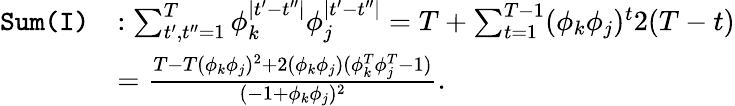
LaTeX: \begin{array}{rl}{\texttt{Sum(I)}}&{:\sum_{t^{\prime},t^{\prime\prime}=1}^{T}\phi_{k}^{\mid t^{\prime}-t^{\prime\prime}\mid}\phi_{j}^{\mid t^{\prime}-t^{\prime\prime}\mid}=T+\sum_{t=1}^{T-1}(\phi_{k}\phi_{j})^{t}2(T-t)}\\ &{=\frac{T-T(\phi_{k}\phi_{j})^{2}+2(\phi_{k}\phi_{j})(\phi_{k}^{T}\phi_{j}^{T}-1)}{(-1+\phi_{k}\phi_{j})^{2}}.}\end{array}